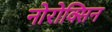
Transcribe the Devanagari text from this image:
नोरोक्सिन